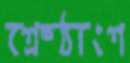
শ্রেষ্ঠাংশ